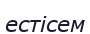
естісем